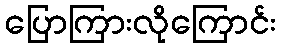
ပြောကြားလိုကြောင်း